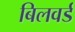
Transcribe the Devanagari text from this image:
बिलवर्ड